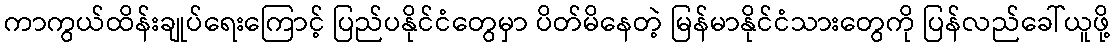
ကာကွယ်ထိန်းချုပ်ရေးကြောင့် ပြည်ပနိုင်ငံတွေမှာ ပိတ်မိနေတဲ့ မြန်မာနိုင်ငံသားတွေကို ပြန်လည်ခေါ်ယူဖို့